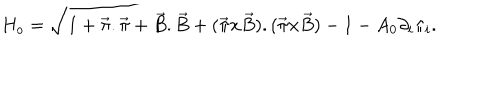
H _ { o } = \sqrt { 1 + \vec { \pi } . \vec { \pi } + \vec { B } . \vec { B } + ( \vec { \pi } { \bf x } \vec { B } ) . ( \vec { \pi } { \bf x } \vec { B } ) } - 1 - A _ { 0 } \partial _ { i } \pi _ { i } .